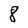
Character: 8